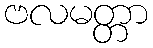
ဗလမတ္တာ